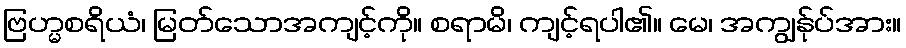
ဗြဟ္မစရိယံ၊ မြတ်သောအကျင့်ကို။ စရာမိ၊ ကျင့်ရပါ၏။ မေ၊ အကျွန်ုပ်အား။